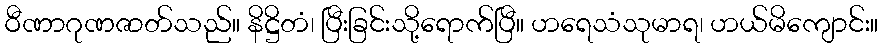
ဝီဏာဂုဏဇာတ်သည်။ နိဋ္ဌိတံ၊ ပြီးခြင်းသို့ရောက်ပြီ။ ဟရေသံသုမာရ၊ ဟယ်မိကျောင်း။